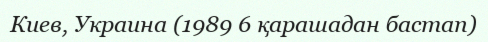
Киев, Украина (1989 6 қарашадан бастап)